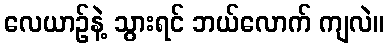
လေယာဉ်နဲ့ သွားရင် ဘယ်လောက် ကျလဲ။